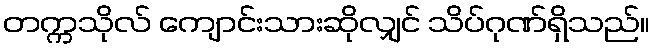
တက္ကသိုလ် ကျောင်းသားဆိုလျှင် သိပ်ဂုဏ်ရှိသည်။